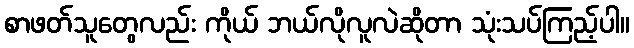
စာဖတ်သူတွေလည်း ကိုယ် ဘယ်လိုလူလဲဆိုတာ သုံးသပ်ကြည့်ပါ။